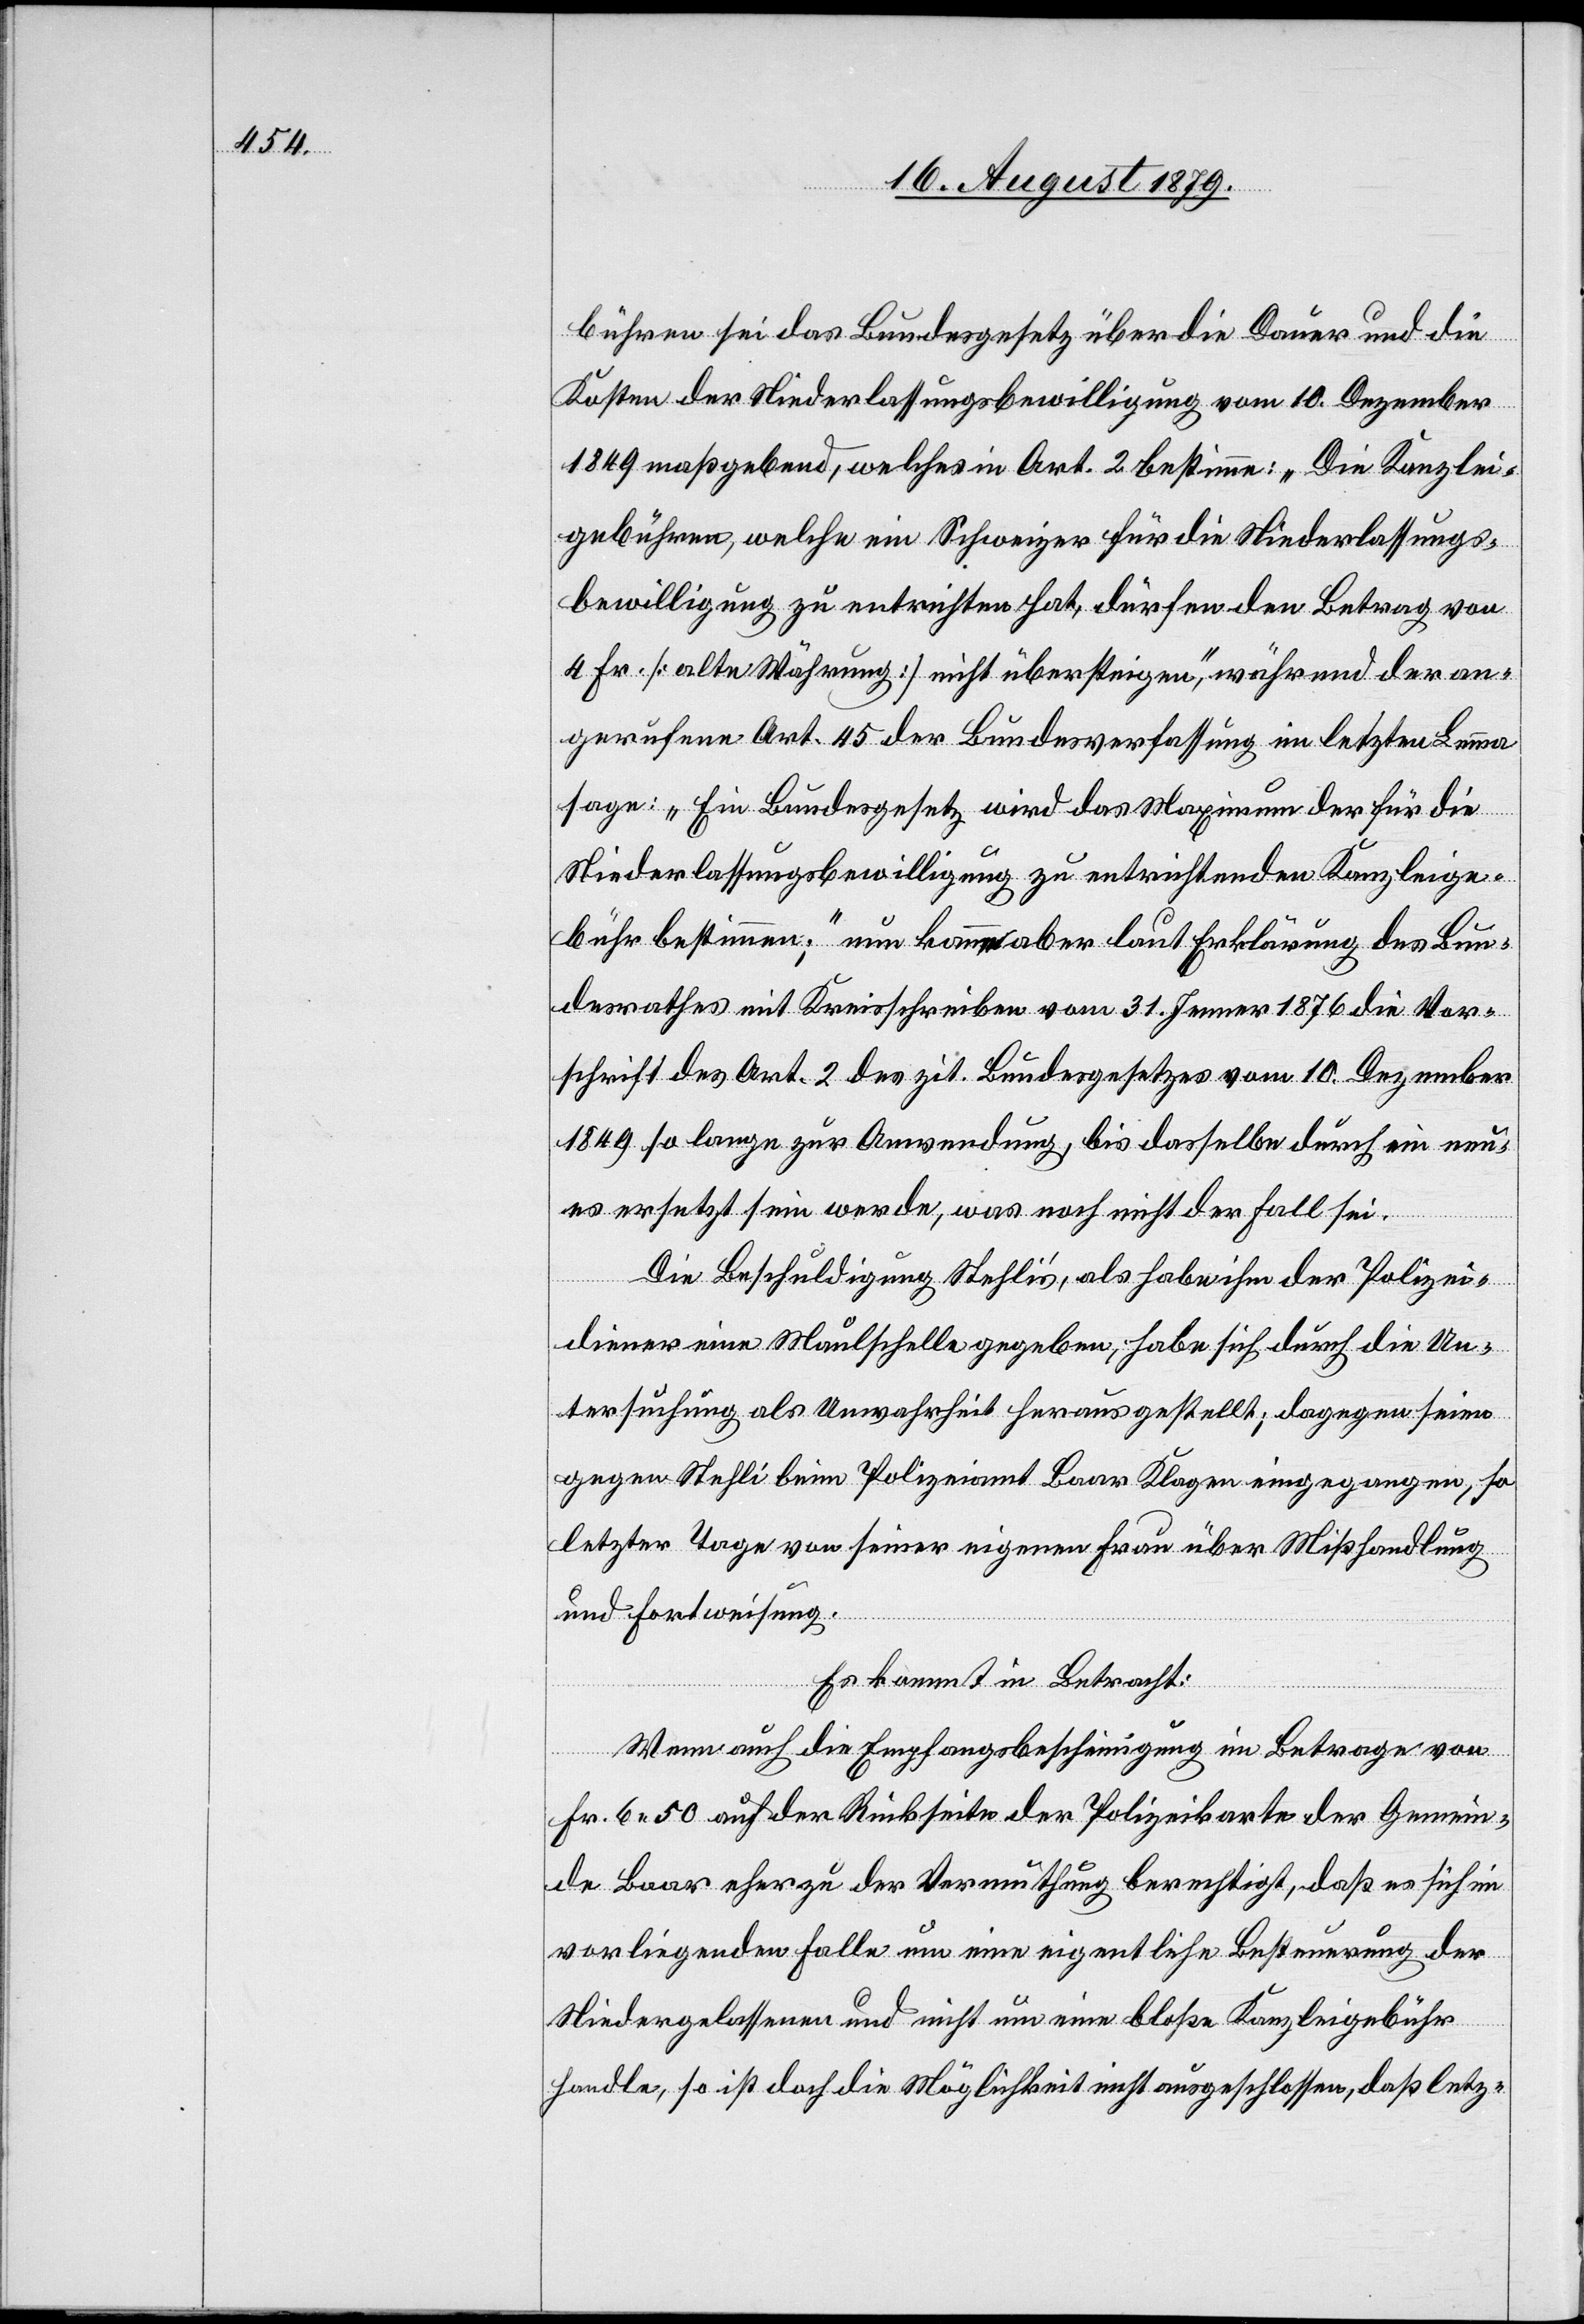
bühren sei das Bundesgesetz über die Dauer und die
Kosten der Niederlassungsbewilligung vom 10. Dezember
1849 maßgebend, welches in Art. 2 bestimme: „Die Kanzlei¬
gebühren, welche ein Schweizer für die Niederlassungs¬
bewilligung zu entrichten hat, dürfen den Betrag von
4 Fr. [alte Währung] nicht übersteigen“, während der an¬
gerufene Art. 45 der Bundesverfassung im letzten Lemma
sage: „Ein Bundesgesetz wird das Maximum der für die
Niederlassungsbewilligung zu entrichtenden Kanzleige¬
bühr bestimmen“ nun komme aber laut Erklärung des Bun¬
desrathes mit Kreisschreiben vom 31. Jenner 1876 die Vor¬
schrift des Art. 2 des zit. Bundesgesetzes vom 10. Dezember
1849 so lange zur Anwendung, bis dasselbe durch ein neu¬
es ersetzt sein werde, was noch nicht der Fall sei.
Die Beschuldigung Stehli’s, als habe ihm der Polizei¬
diener eine Maulschelle gegeben, habe sich durch die Un¬
tersuchung als Unwahrheit herausgestellt; dagegen sei
gegen Stehli beim Polizeiamt Baar Klage eingegangen, so
letzter Tage von seiner eigenen Frau über Misshandlung
und Fortweisung.
Es kommt in Betracht:
Wenn auch die Empfangsbescheinigung im Betrage von
Fr. 50 auf der Rückseite der Polizeikarte der Gemein¬
de Baar eher zu der Vermuthung berechtigt, daß es sich im
vorliegenden Falle um eine eigentliche Besteuerung der
Niedergelassenen und nicht um eine bloße Kanzleigebühr
handle, so ist doch die Möglichkeit nicht ausgeschlossen, daß letz-